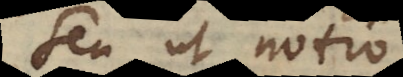
Seu ut notio